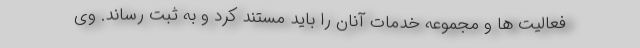
فعالیت ها و مجموعه خدمات آنان را باید مستند کرد و به ثبت رساند. وی